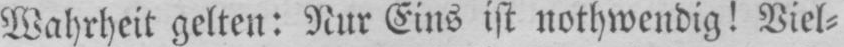
Wahrheit gelten: Nur Eins ist nothwendig! Viel⸗